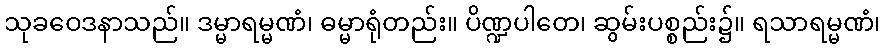
သုခဝေဒနာသည်။ ဒမ္မာရမ္မဏံ၊ ဓမ္မာရုံတည်း။ ပိဏ္ဍပါတေ၊ ဆွမ်းပစ္စည်း၌။ ရသာရမ္မဏံ၊